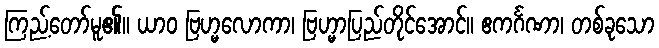
ကြည့်တော်မူ၏။ ယာဝ ဗြဟ္မလောကာ၊ ဗြဟ္မာပြည်တိုင်အောင်။ ဧကင်္ဂဏာ၊ တစ်ခုသော